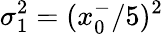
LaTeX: \sigma_{1}^{2}=(x_{0}^{-}/5)^{2}